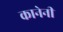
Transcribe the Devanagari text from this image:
कानेनी